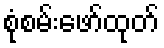
စုံစမ်းဖော်ထုတ်